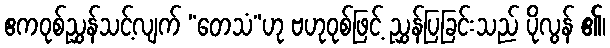
ဧကဝုစ်ညွှန်သင့်လျက် “တေသံ”ဟု ဗဟုဝုစ်ဖြင့် ညွှန်ပြခြင်းသည် ပိုလွန် ၏၊